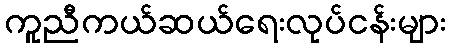
ကူညီကယ်ဆယ်ရေးလုပ်ငန်းများ